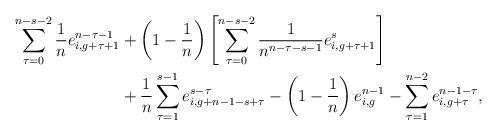
LaTeX: \begin{align*}\sum_{\tau=0}^{n-s-2}\frac{1}{n}e^{n-\tau-1}_{i,g+\tau+1}&+\left(1-\frac{1}{n}\right)\left[\sum_{\tau=0}^{n-s-2}\frac{1}{n^{n-\tau-s-1}}e^{s}_{i,g+\tau+1}\right] \\&+\frac{1}{n}\sum_{\tau=1}^{s-1}e_{i,g+n-1-s+\tau}^{s-\tau}-\left(1-\frac{1}{n}\right)e_{i,g}^{n-1}-\sum_{\tau=1}^{n-2}e_{i,g+\tau}^{n-1-\tau},\end{align*}